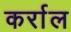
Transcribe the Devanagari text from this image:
कर्राल